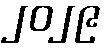
၂၀၂၉